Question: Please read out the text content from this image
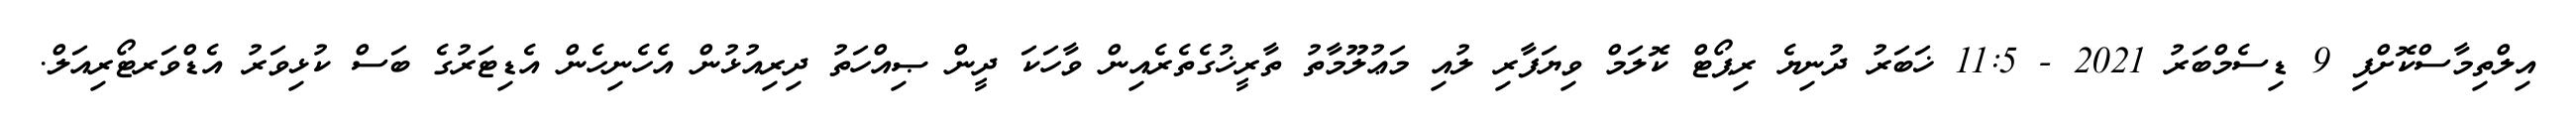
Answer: އިލްތިމާސްކޮށްފި 9 ޑިސެމްބަރު 2021 - 11:5 ޚަބަރު ދުނިޔެ ރިޕޯޓް ކޮލަމް ވިޔަފާރި ލުއި މަޢުލޫމާތު ތާރީޚުގެތެރެއިން ވާހަކަ ދީން ޞިއްހަތު ދިރިއުޅުން އެހެނިހެން އެޑިޓަރުގެ ބަސް ކުޅިވަރު އެޑްވަރޓޯރިއަލް.